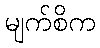
မျက်စိက